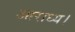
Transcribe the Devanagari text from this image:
आराध्य।